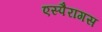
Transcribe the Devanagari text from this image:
एस्पैरागस